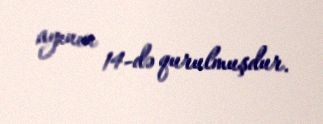
ayının 14-də qurulmuşdur.